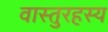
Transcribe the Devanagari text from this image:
वास्तुरहस्य